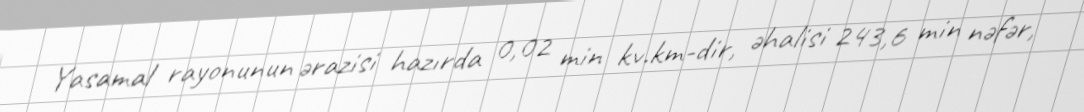
Yasamal rayonunun ərazisi hazırda 0,02 min kv.km-dir, əhalisi 243,6 min nəfər,